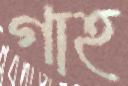
গাহ